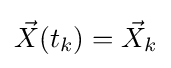
{\vec {X}}(t_{k})={\vec {X}}_{k}